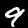
Digit: 9